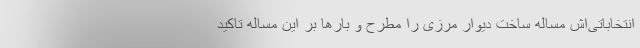
انتخاباتی‌اش مساله ساخت دیوار مرزی را مطرح و بارها بر این مساله تاکید